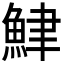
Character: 𫙟